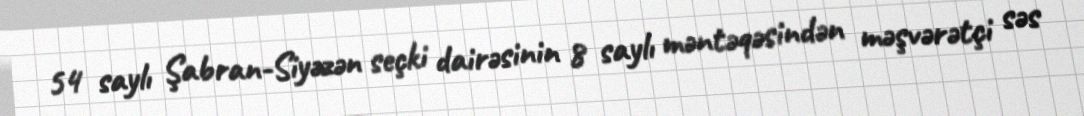
54 saylı Şabran-Siyəzən seçki dairəsinin 8 saylı məntəqəsindən məşvərətçi səs